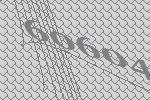
60604